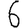
Digit: 6